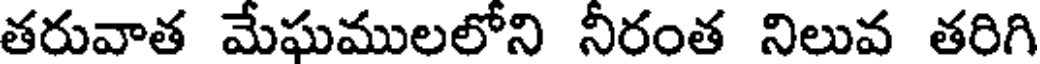
తరువాత మేఘములలోని నీరంత నిలువ తరిగి